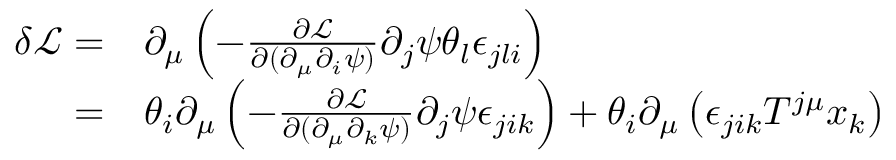
\begin{array} { r l } { \delta \mathcal { L } = } & { { } \partial _ { \mu } \left( - \frac { \partial \mathcal { L } } { \partial ( \partial _ { \mu } \partial _ { i } \psi ) } \partial _ { j } \psi \theta _ { l } \epsilon _ { j l i } \right) } \\ { = } & { { } \theta _ { i } \partial _ { \mu } \left( - \frac { \partial \mathcal { L } } { \partial ( \partial _ { \mu } \partial _ { k } \psi ) } \partial _ { j } \psi \epsilon _ { j i k } \right) + \theta _ { i } \partial _ { \mu } \left( \epsilon _ { j i k } T ^ { j \mu } x _ { k } \right) } \end{array}